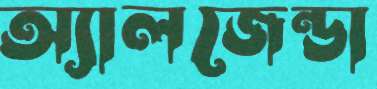
অ্যালজেন্ডা